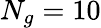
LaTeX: N_{g}=10